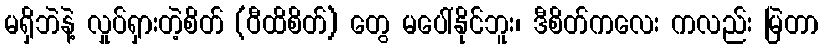
မရှိဘဲနဲ့ လှုပ်ရှားတဲ့စိတ် (ဝီထိစိတ်) တွေ မပေါ်နိုင်ဘူး၊ ဒီစိတ်ကလေး ကလည်း မြဲတာ